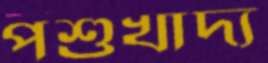
পশুখাদ্য